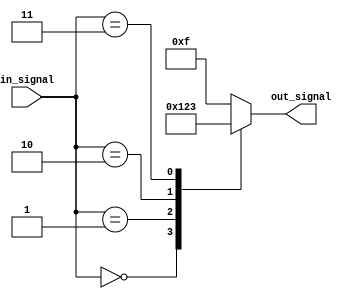
module simple_case_statement (
    input wire [2:0] in_signal,
    output reg [3:0] out_signal
);

always @(*) begin
    case(in_signal)
        3'b000: out_signal = 4'b0000;
        3'b001: out_signal = 4'b0001;
        3'b010: out_signal = 4'b0010;
        3'b011: out_signal = 4'b0011;
        default: out_signal = 4'b1111;
    endcase
end

endmodule